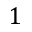
1